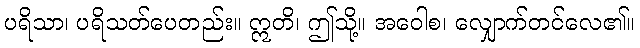
ပရိသာ၊ ပရိသတ်ပေတည်း။ ဣတိ၊ ဤသို့။ အဝေါစ၊ လျှောက်တင်လေ၏။